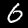
Digit: 6